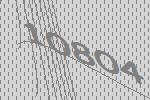
10804